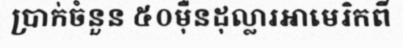
ប្រាក់ចំនួន ៥០ម៉ឺនដុល្លារអាមេរិកពី